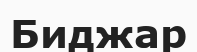
Биджар